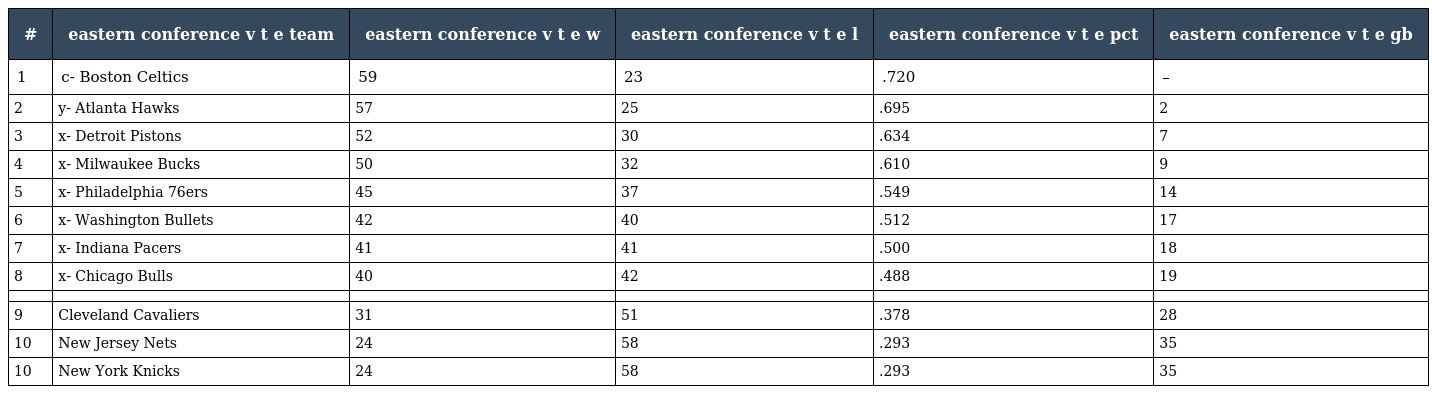
| # | eastern conference v t e team | eastern conference v t e w | eastern conference v t e l | eastern conference v t e pct | eastern conference v t e gb |
 | --- | --- | --- | --- | --- | --- |
 | 1 | c- Boston Celtics | 59 | 23 | .720 | – |
 | 2 | y- Atlanta Hawks | 57 | 25 | .695 | 2 |
 | 3 | x- Detroit Pistons | 52 | 30 | .634 | 7 |
 | 4 | x- Milwaukee Bucks | 50 | 32 | .610 | 9 |
 | 5 | x- Philadelphia 76ers | 45 | 37 | .549 | 14 |
 | 6 | x- Washington Bullets | 42 | 40 | .512 | 17 |
 | 7 | x- Indiana Pacers | 41 | 41 | .500 | 18 |
 | 8 | x- Chicago Bulls | 40 | 42 | .488 | 19 |
 |  |  |  |  |  |  |
 | 9 | Cleveland Cavaliers | 31 | 51 | .378 | 28 |
 | 10 | New Jersey Nets | 24 | 58 | .293 | 35 |
 | 10 | New York Knicks | 24 | 58 | .293 | 35 |